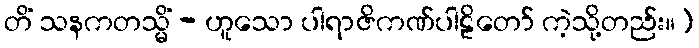
တိံ သနကတသ္မိံ - ဟူသော ပါရာဇိကဏ်ပါဠိတော် ကဲ့သို့တည်း။]